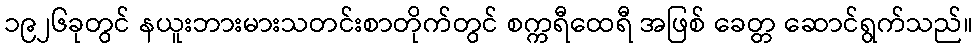
၁၉၂၆ခုတွင် နယူးဘားမားသတင်းစာတိုက်တွင် စက္ကရီထေရီ အဖြစ် ခေတ္တ ဆောင်ရွက်သည်။